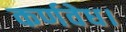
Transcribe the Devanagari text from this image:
कर्णवेध।